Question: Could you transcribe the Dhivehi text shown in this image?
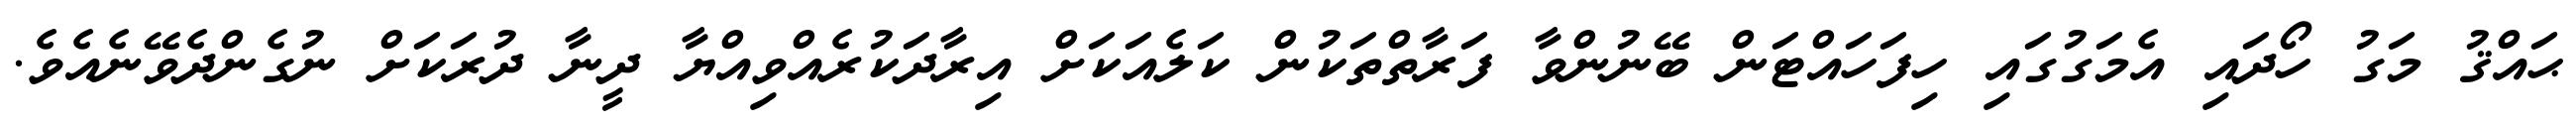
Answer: ޙައްޤު މަގު ހޯދައި އެމަގުގައި ހިފަހައްޓަން ބޭނުންވާ ފަރާތްތަކުން ކަލެއަކަށް އިރާދަކުރެއްވިއްޔާ ދީނާ ދުރަކަށް ނުގެންދެވޭނެއެވެ.